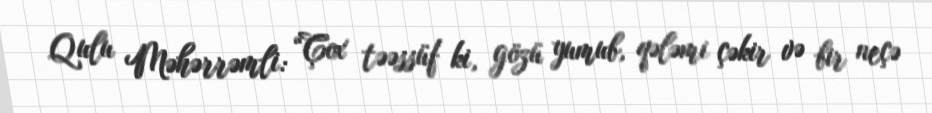
Qulu Məhərrəmli: “Çox təəssüf ki, gözü yumub, qələmi çəkir və bir neçə